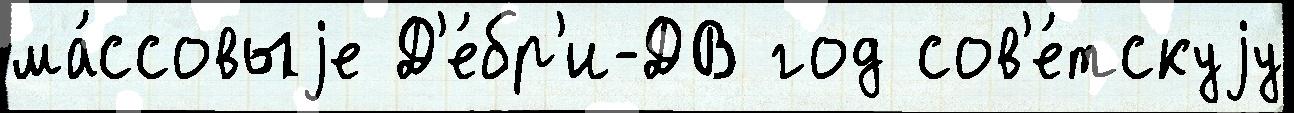
ма́ссовыjе Д'е́бр'и-ДВ год сов'е́тскуjу